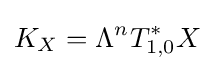
K_{X}=\Lambda ^{n}T_{1,0}^{*}X